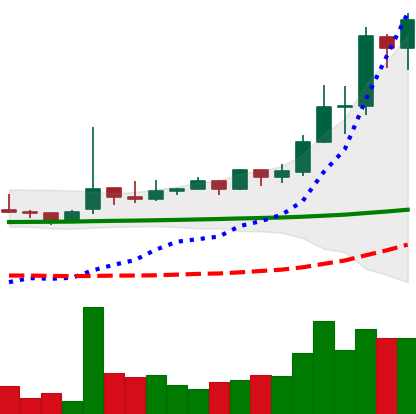
Ticker: TRX-USD
Chart end date: 2021-02-13
Forward return: -7.761%
Label: down_7plus